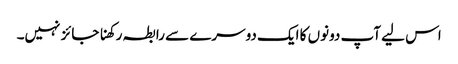
اس لیے آپ دونوں‌ کا ایک دوسرے سے رابطہ رکھنا جائز نہیں۔